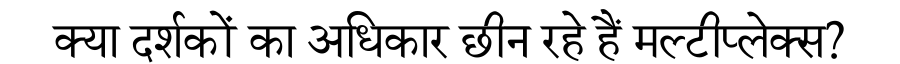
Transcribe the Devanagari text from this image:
क्या दर्शकों का अधिकार छीन रहे हैं मल्टीप्लेक्स?